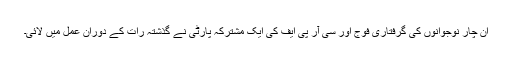
ان چار نوجوانوں کی گرفتاری فوج اور سی آر پی ایف کی ایک مشترکہ پارٹی نے گذشتہ رات کے دوران عمل میں لائی۔